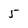
Character: 5